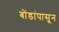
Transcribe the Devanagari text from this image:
बोंडांपासून